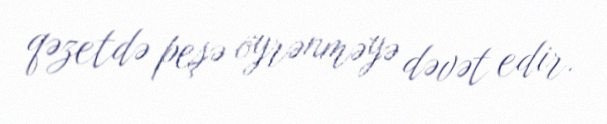
qəzetdə peşə öyrənməyə dəvət edir.